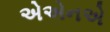
એએનએ